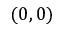
( 0 , 0 )